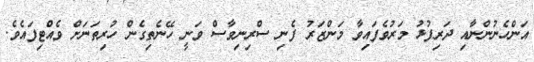
އަންހެނުންނާއި ދަރިފުޅު މަރުވެފައިވާ މަންޒަރު ފެނި ސްރިނިވާސް ވަނީ ހޭނެތިގެން ހުރިތަނަށް ވެއްޓިފައެވެ.